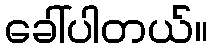
ခေါ်ပါတယ်။